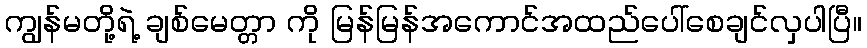
ကျွန်မတို့ရဲ့ ချစ်မေတ္တာ ကို မြန်မြန်အကောင်အထည်ပေါ်စေချင်လှပါပြီ။